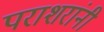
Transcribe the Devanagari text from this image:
पराशरांनी